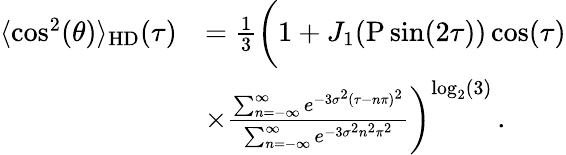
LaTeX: \begin{array}{rl}{\langle\cos^{2}(\theta)\rangle_{\mathrm{HD}}(\tau)}&{=\frac{1}{3}\bigg(1+J_{1}{\left(\mathrm{P}\sin(2\tau)\right)}\cos(\tau)}\\ &{\times\frac{\sum_{n=-\infty}^{\infty}e^{-3\sigma^{2}(\tau-n\pi)^{2}}}{\sum_{n=-\infty}^{\infty}e^{-3\sigma^{2}n^{2}\pi^{2}}}\bigg)^{\mathrm{log}_{2}(3)}\, .}\end{array}